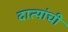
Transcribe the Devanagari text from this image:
दात्यांची